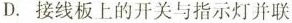
D.接线板上的开关与指示灯并联